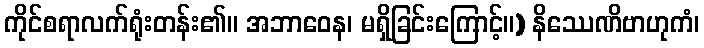
ကိုင်စရာလက်ရုံးတန်း၏။ အဘာဝေန၊ မရှိခြင်းကြောင့်။) နိဿေဏိဗာဟုကံ၊